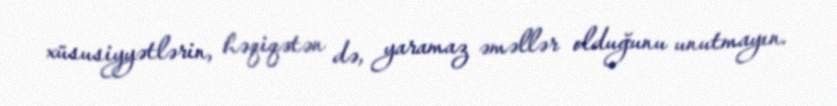
xüsusiyyətlərin, həqiqətən də, yaramaz əməllər olduğunu unutmayın.